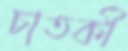
চাতকী